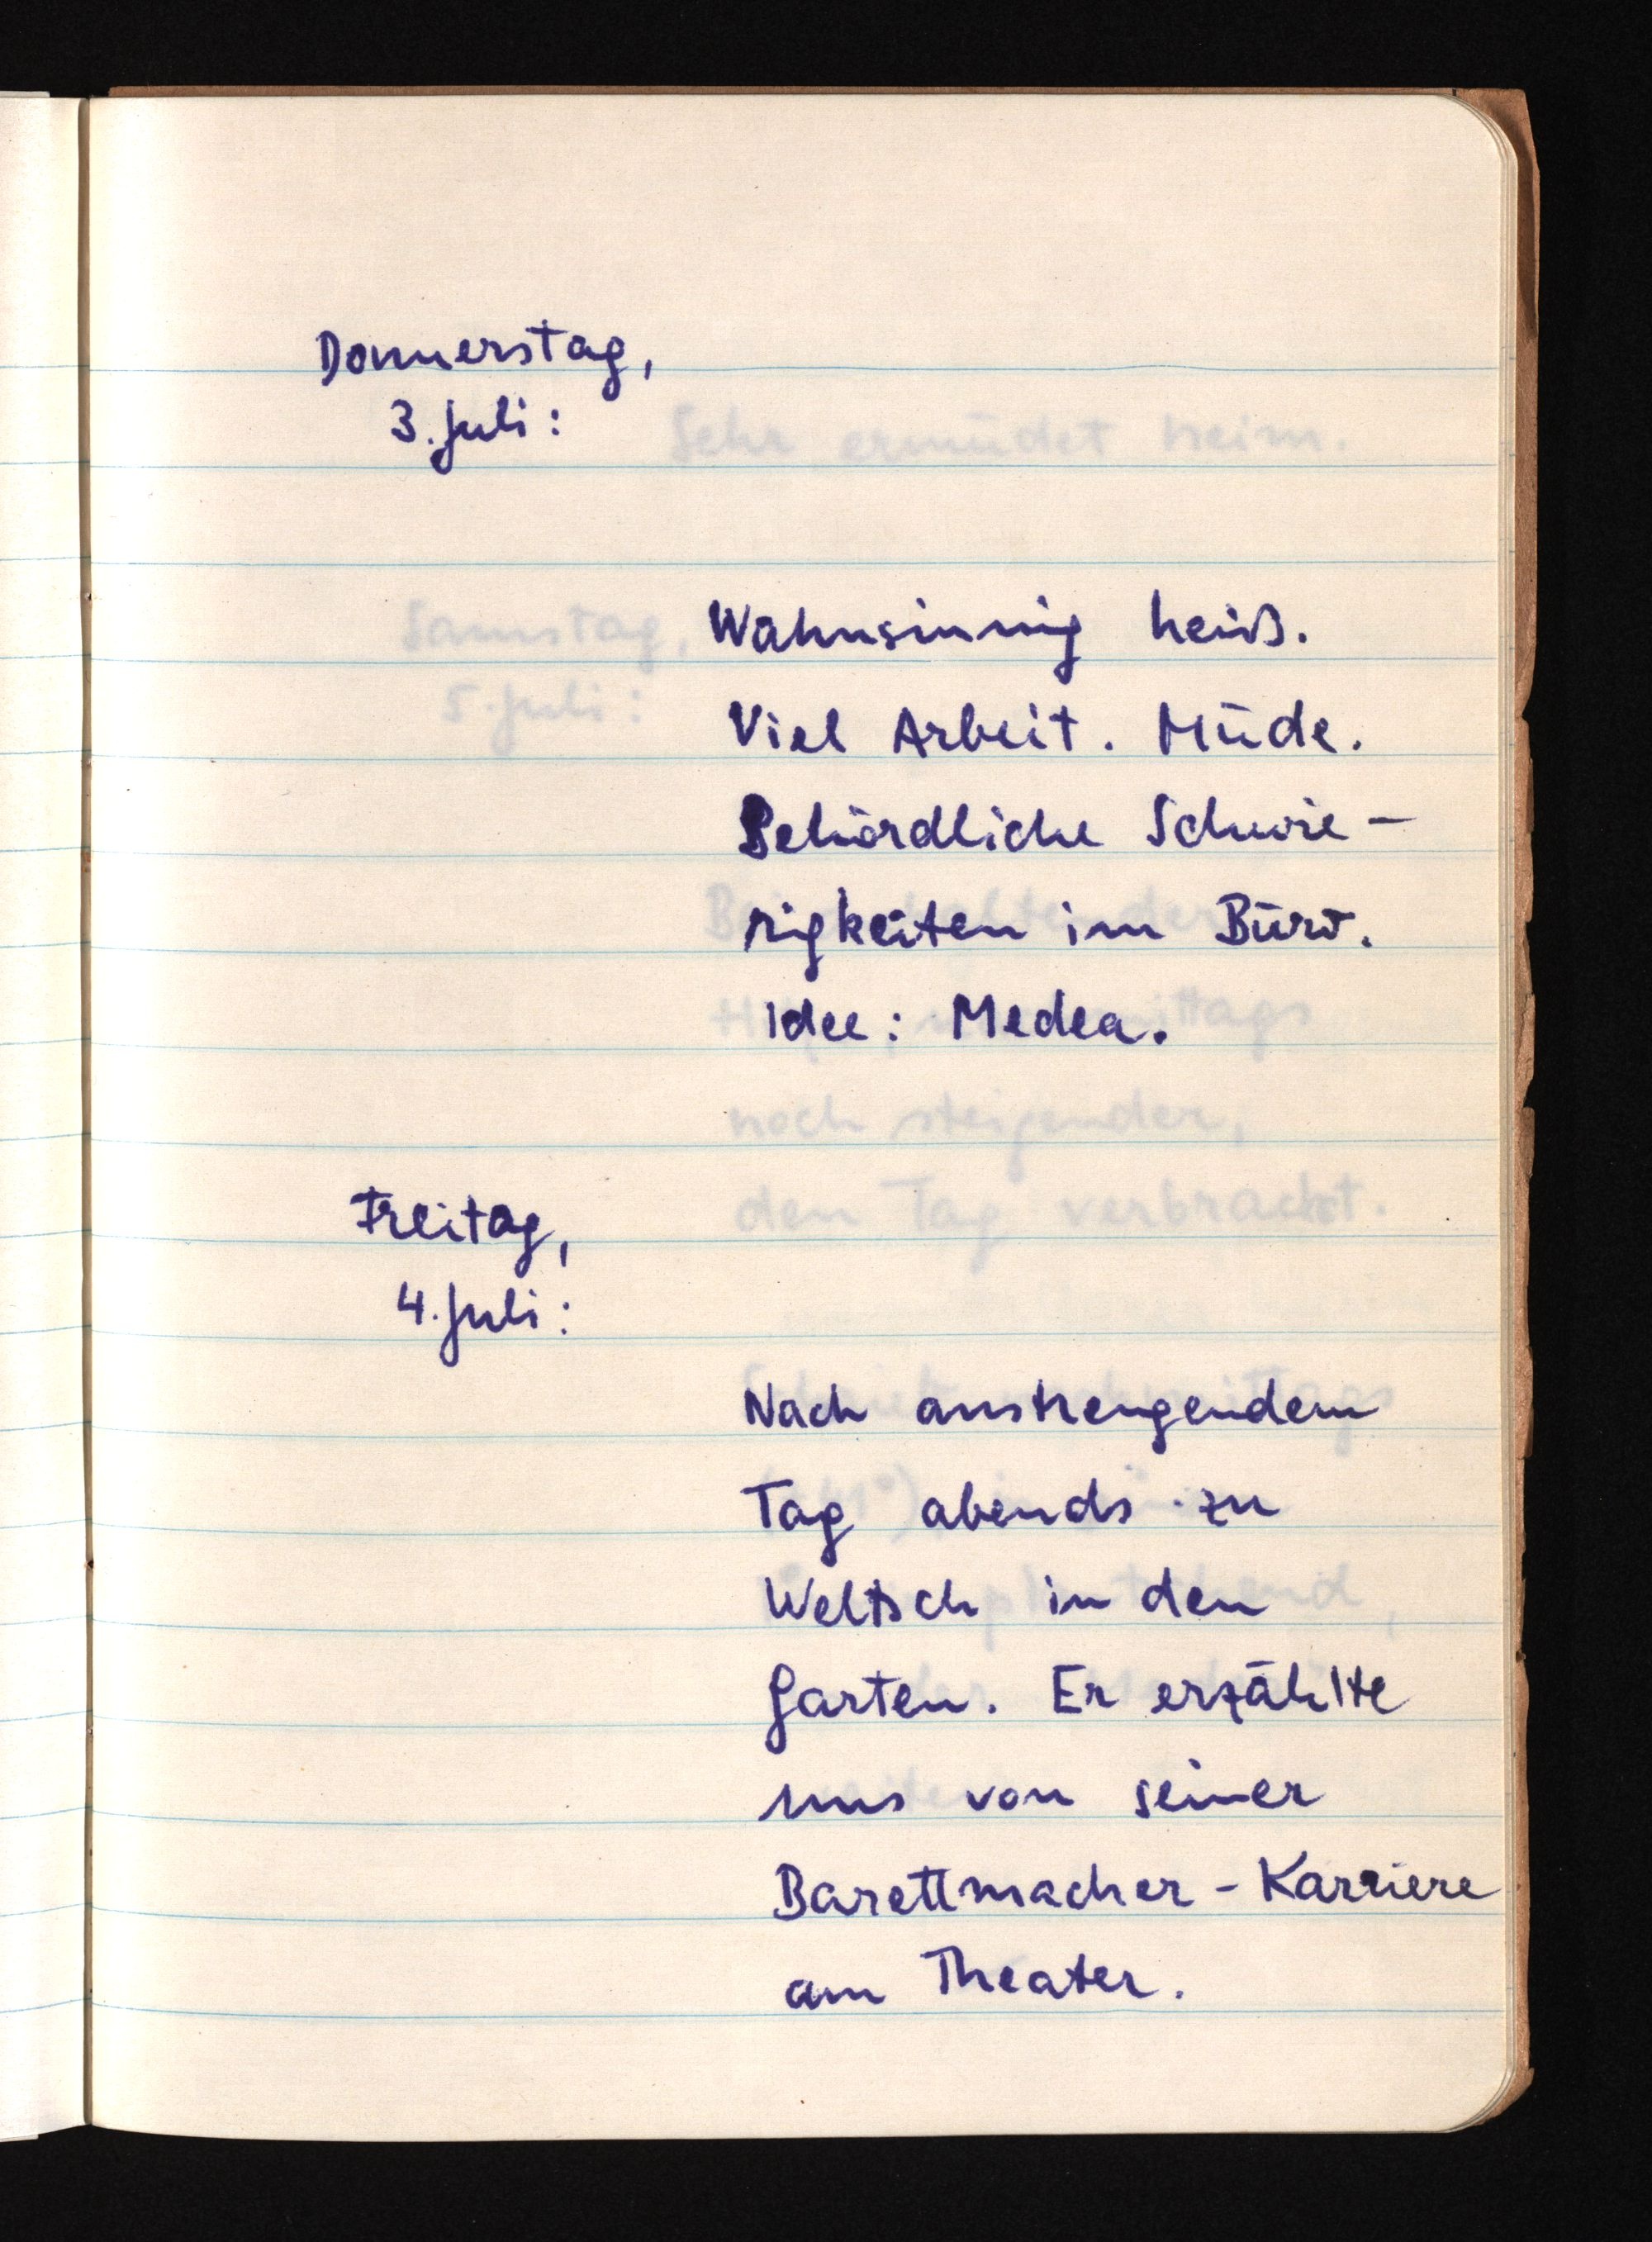
Donnerstag,
3. Juli:
Wahnsinnig heiß.
Viel Arbeit. Müde.
Behördliche Schwie¬
rigkeiten im Büro.
Idee: Medea.
Freitag,
4. Juli:
Nach anstrengendem
Tag abends zu
Weltsch in den
Garten. Er erzählte
uns von seiner
Barettmacher-Karriere
am Theater.